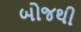
બોજથી